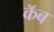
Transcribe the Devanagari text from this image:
कॅब